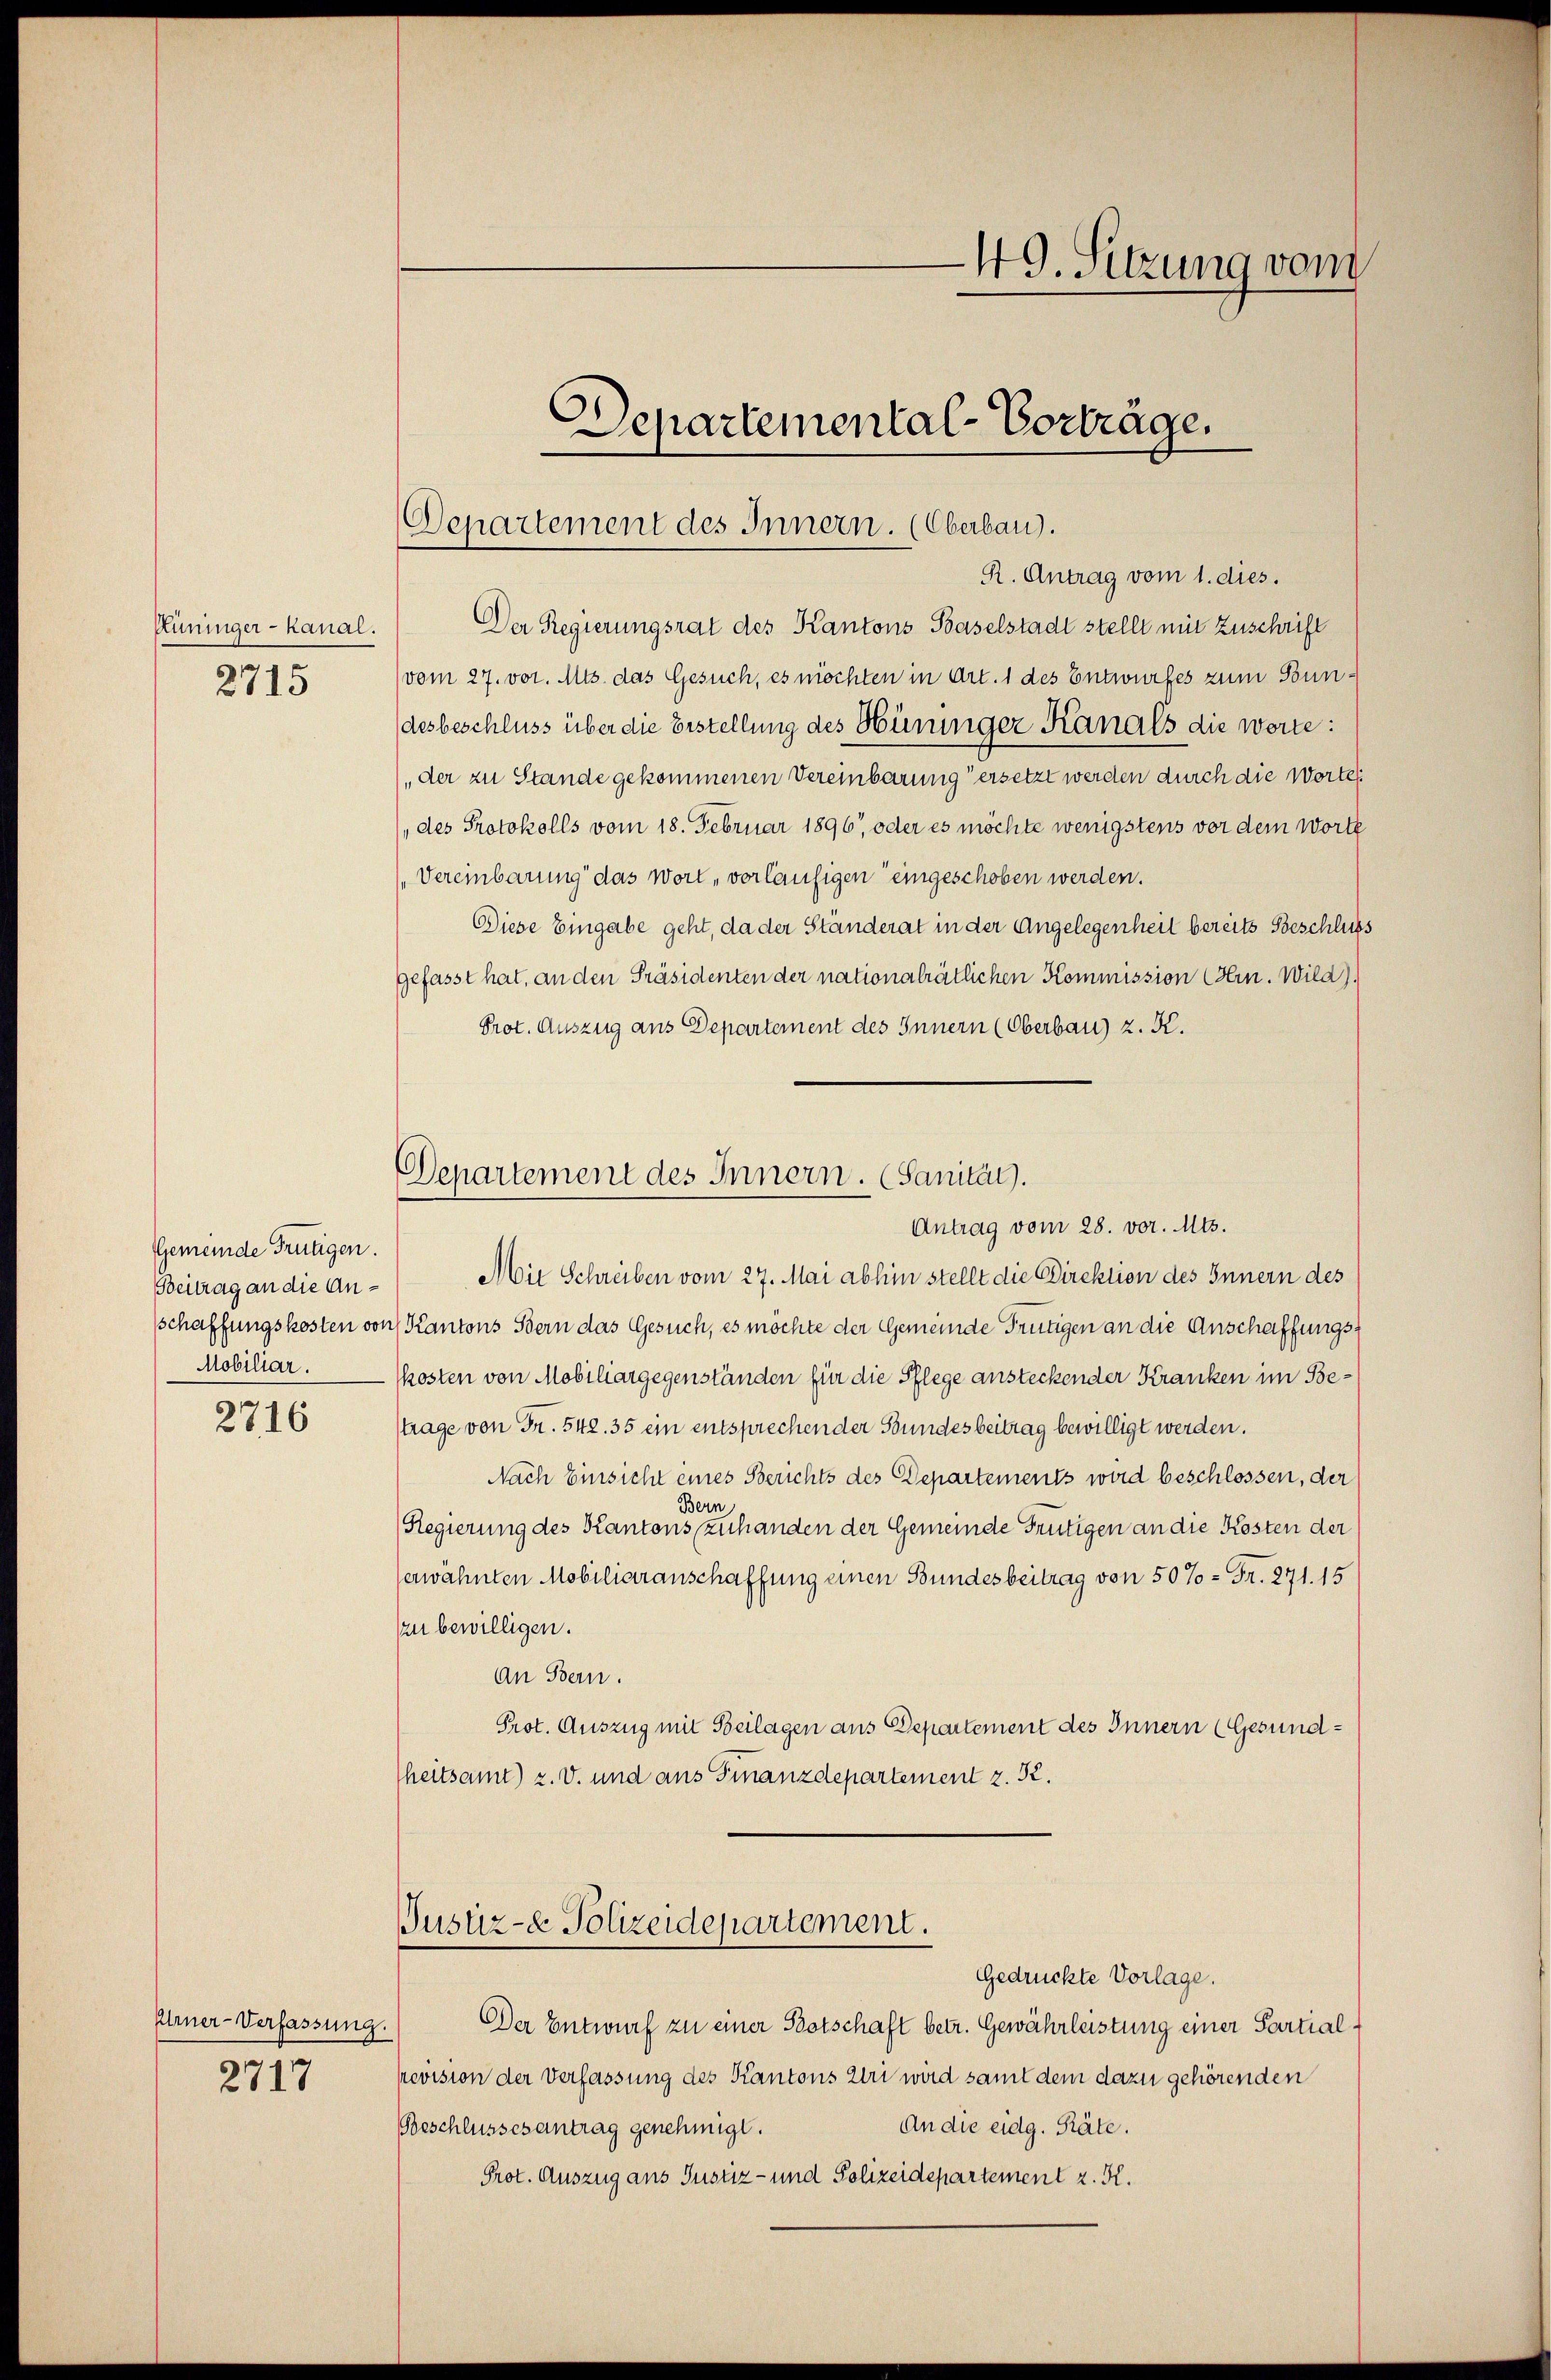
Rüninger - Kanal.
2715

Gemeinde Frutigen.
Beitrag an die Anschaffungskosten vor
Mobiliar.
2716

Elrner-Verfassung.

2717

49. Sitzung vom

Departement des Innern. (Oberbau.

Departemental-Vorträge.

R. Antrag vom 1. dies.
Der Regierungsrat des Kantons Baselstadt stellt mit Zuschrift
vom 27. vor. Mts. das Gesuch, es möchten in Art. 1 des Entwurfes zum Bundesbeschluss über die Erstellung des Hüninger Kanals die worte:
der zu Stande gekommenen Vereinbarung ersetzt werden durch die Worte
des Protokolls vom 18. Februar 1896, oder es möchte wenigstens vor dem Worte
Vereinbarung das Wort, vorläufigen eingeschoben werden.
Diese Eingabe geht, da der Ständerat in der Angelegenheit bereits Beschluss
gefasst hat, an den Präsidenten der nationalrätlichen Kommission (Hrn. Wild).
Prot. Auszug aus Departement des Innern (Oberbau) z. K.
Antrag vom 28. vor. Mts.
Mit Schreiben vom 27. Mai abhin stellt die Direktion des Innern des
c. Kantons Stern das Gesuch, es möchte der Gemeinde Frutigen an die Anschaffungskosten von Mobiliargegenständen für die Pflege ansteckender Kranken im Bestrage von Fr. 542. 35 ein entsprechen der Bundesbeitrag bewilligt werden.
Nach Einsicht eines Berichts des Departements wird beschlossen, der
Bern
Regierung des Kantons zuhanden der Gemeinde Frutigen an die Kosten der
serwähnten Mobiliaranschaffung einen Bundesbeitrag von 50% = Fr. 271. 15
Au bewilligen.
an Bern.
Prot. Auszug mit Beilagen aus Departement des Innern (Gesundheitsamt) z. v. und aus Finanzdepartement z. B.
Justiz- & Polizeidepartement.
Gedrückte Vorlage.
Der Entwurf zu einer Botschaft betr. Gewährleistung einer Partialrevision der Verfassung des Kantons Uri wird samt dem dazu gehörenden
An die eidg. Präte.
Beschlussesantrag genehmigt.
Prot. Auszug aus Justiz- und Polizeidepartement z. K.

Departement des Innern. (Sanitat.